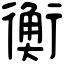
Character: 𧗾